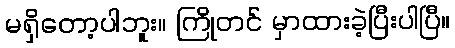
မရှိတော့ပါဘူး။ ကြိုတင် မှာထားခဲ့ပြီးပါပြီ။